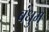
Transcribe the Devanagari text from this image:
बंधुम्